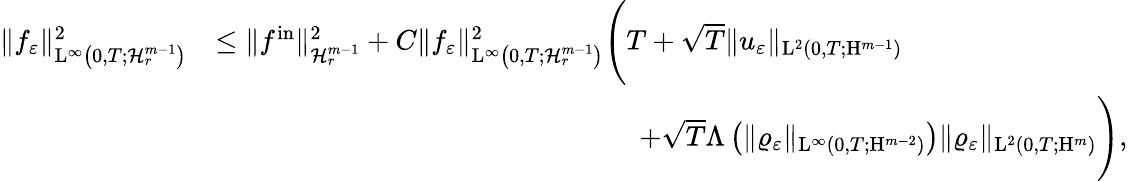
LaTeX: \begin{array}{rl}{\Vert f_{\varepsilon}\Vert_{\mathrm{L}^{\infty}\left(0,T;\mathcal{H}_{r}^{m-1}\right)}^{2}}&{\leq\Vert f^{\mathrm{in}}\Vert_{\mathcal{H}_{r}^{m-1}}^{2}+C\Vert f_{\varepsilon}\Vert_{\mathrm{L}^{\infty}\left(0,T;\mathcal{H}_{r}^{m-1}\right)}^{2}\Bigg(T+\sqrt{T}\Vert u_{\varepsilon}\Vert_{\mathrm{L}^{2}(0,T;\mathrm{H}^{m-1})}}\\ &{\qquad\qquad\qquad\qquad\qquad\qquad\qquad\quad+\sqrt{T}\Lambda\left(\Vert\varrho_{\varepsilon}\Vert_{\mathrm{L}^{\infty}(0,T;\mathrm{H}^{m-2})}\right)\Vert\varrho_{\varepsilon}\Vert_{\mathrm{L}^{2}(0,T;\mathrm{H}^{m})}\Bigg),}\end{array}